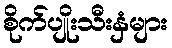
စိုက်ပျိုးသီးနှံများ